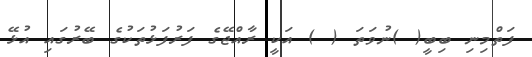
ފަތްމިނި ބިބީ( )ނުވަތަ ( ) އަކީ ރާއްޖޭގެ ފަރުފަޅުތަކުގެ ބޭރުގައި އުޅޭ